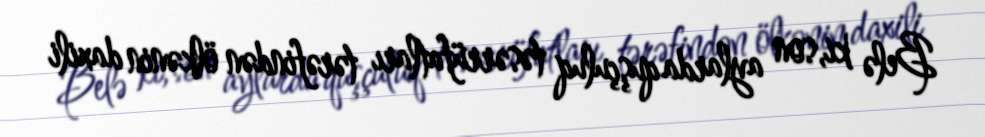
Belə ki, son aylarda quşçuluq təsərrüfatları tərəfindən ölkənin daxili